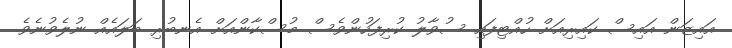
އައިޒަން އައިސް ކައިރިއަށް ހުއްޓިފައި ސުވާލު ކުރިފަހުންވެސް މުސްކާންއަށް އެނބުރި ބަލައެއް ނުލެވުނެވެ.